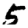
Digit: 5